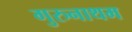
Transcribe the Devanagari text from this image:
गुरुनाथम